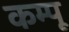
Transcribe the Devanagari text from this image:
कम्पू